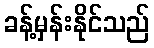
ခန့်မှန်းနိုင်သည်